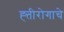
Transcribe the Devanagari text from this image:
ह्त्तीरोगाचे